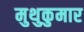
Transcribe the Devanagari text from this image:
मुथुकुमार